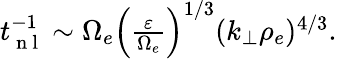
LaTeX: \begin{array}{r}{t_{\mathrm{~n~l~}}^{-1}\sim\Omega_{e}\left(\frac{\varepsilon}{\Omega_{e}}\right)^{1/3}(k_{\perp}\rho_{e})^{4/3}.}\end{array}